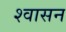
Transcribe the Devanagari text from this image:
श्वासन